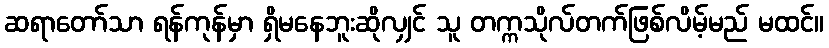
ဆရာတော်သာ ရန်ကုန်မှာ ရှိမနေဘူးဆိုလျှင် သူ တက္ကသိုလ်တက်ဖြစ်လိမ့်မည် မထင်။